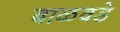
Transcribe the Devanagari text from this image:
बाळवडे